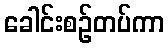
ခေါင်းစဉ်တပ်ကာ